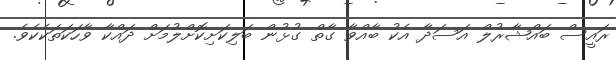
ރައީސް ބައްޝާރުލް އަސަދާ އެކު ބާއްވާ ގާތް ގުޅުން ބަލިކަށިކޮށްލުމަށް ދައްކާ ވާހަކަތަކެކެވެ.